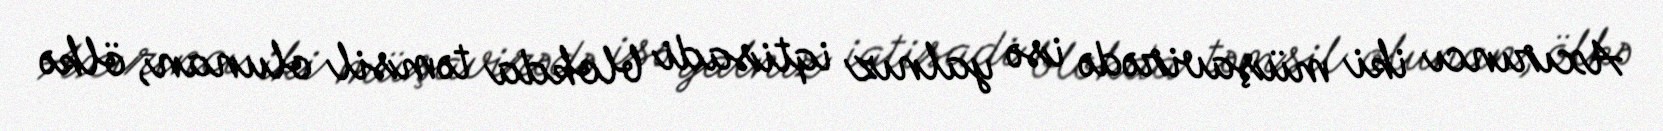
Axırıncı iki müşavirədə isə yalnız iqtisadi blokda təmsil olunan, ölkə